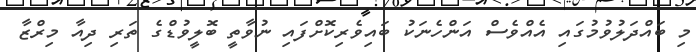
މި ބައްދަލުވުމުގައި އެއްވެސް އަންހެނަކު ބައިވެރިކޮށްފައި ނުވާތީ ބޮލީވުޑްގެ ތަރި ދިއާ މިރްޒާ